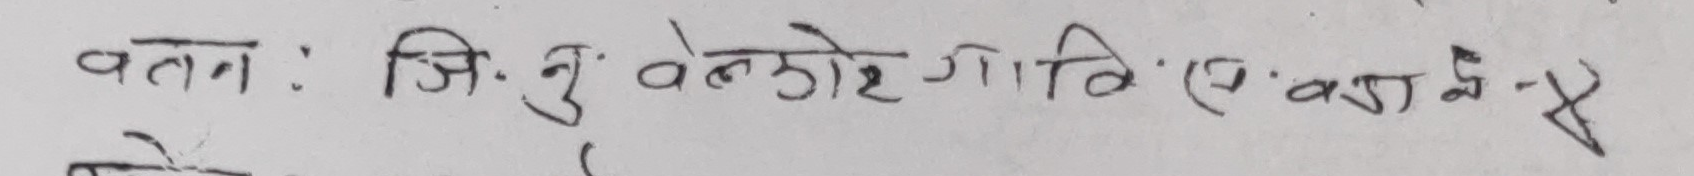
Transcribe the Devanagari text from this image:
वतन : जि. नु. वेकोरे गावि : ( ए. का से -४